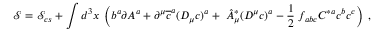
\mathcal { S } = \mathcal { S } _ { c s } + \int d ^ { 3 } x \; \left( b ^ { a } \partial A ^ { a } + \partial ^ { \mu } \overline { { { c } } } ^ { a } ( D _ { \mu } c ) ^ { a } + \; \hat { A } _ { \mu } ^ { * } ( D ^ { \mu } c ) ^ { a } - \frac 1 2 \; f _ { a b c } C ^ { * a } c ^ { b } c ^ { c } \right) \; ,